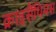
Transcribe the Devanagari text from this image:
क्राइसैंथिमस